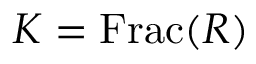
K = { \mathrm { F r a c } } ( R )